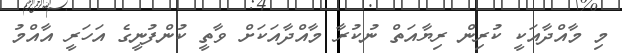
މި މާއްދާއަކީ ކުރިން ރިޔާއަތް ނުކުރާ މާއްދާއަކަށް ވާތީ ކުންފުނީގެ އަހަރީ އާއްމު